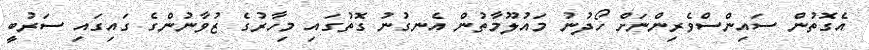
އެގޮތުން ސައިންސްވެރިންނަށް ހޯދުނު މައުލޫމާތުން އެނގުނު ގޮތުގައި މިހާރުގެ ޒުވާނުންގެ ގައިގައި ސަރުބީ